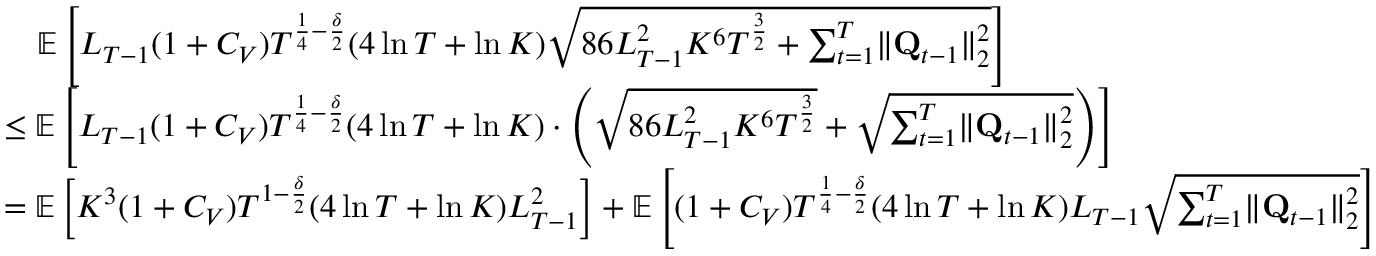
\begin{array} { r l } & { \quad \mathbb E \left[ L _ { T - 1 } ( 1 + C _ { V } ) T ^ { \frac 1 4 - \frac \delta 2 } ( 4 \ln T + \ln K ) \sqrt { 8 6 L _ { T - 1 } ^ { 2 } K ^ { 6 } T ^ { \frac 3 2 } + \sum _ { t = 1 } ^ { T } \lVert \mathbf Q _ { t - 1 } \rVert _ { 2 } ^ { 2 } } \right] } \\ & { \le \mathbb E \left[ L _ { T - 1 } ( 1 + C _ { V } ) T ^ { \frac 1 4 - \frac \delta 2 } ( 4 \ln T + \ln K ) \cdot \left( \sqrt { 8 6 L _ { T - 1 } ^ { 2 } K ^ { 6 } T ^ { \frac 3 2 } } + \sqrt { \sum _ { t = 1 } ^ { T } \lVert \mathbf Q _ { t - 1 } \rVert _ { 2 } ^ { 2 } } \right) \right] } \\ & { = \mathbb E \left[ K ^ { 3 } ( 1 + C _ { V } ) T ^ { 1 - \frac \delta 2 } ( 4 \ln T + \ln K ) L _ { T - 1 } ^ { 2 } \right] + \mathbb E \left[ ( 1 + C _ { V } ) T ^ { \frac 1 4 - \frac \delta 2 } ( 4 \ln T + \ln K ) L _ { T - 1 } \sqrt { \sum _ { t = 1 } ^ { T } \lVert \mathbf Q _ { t - 1 } \rVert _ { 2 } ^ { 2 } } \right] } \end{array}